Vabadussoja_Ajaloo_Komitee, lk 59
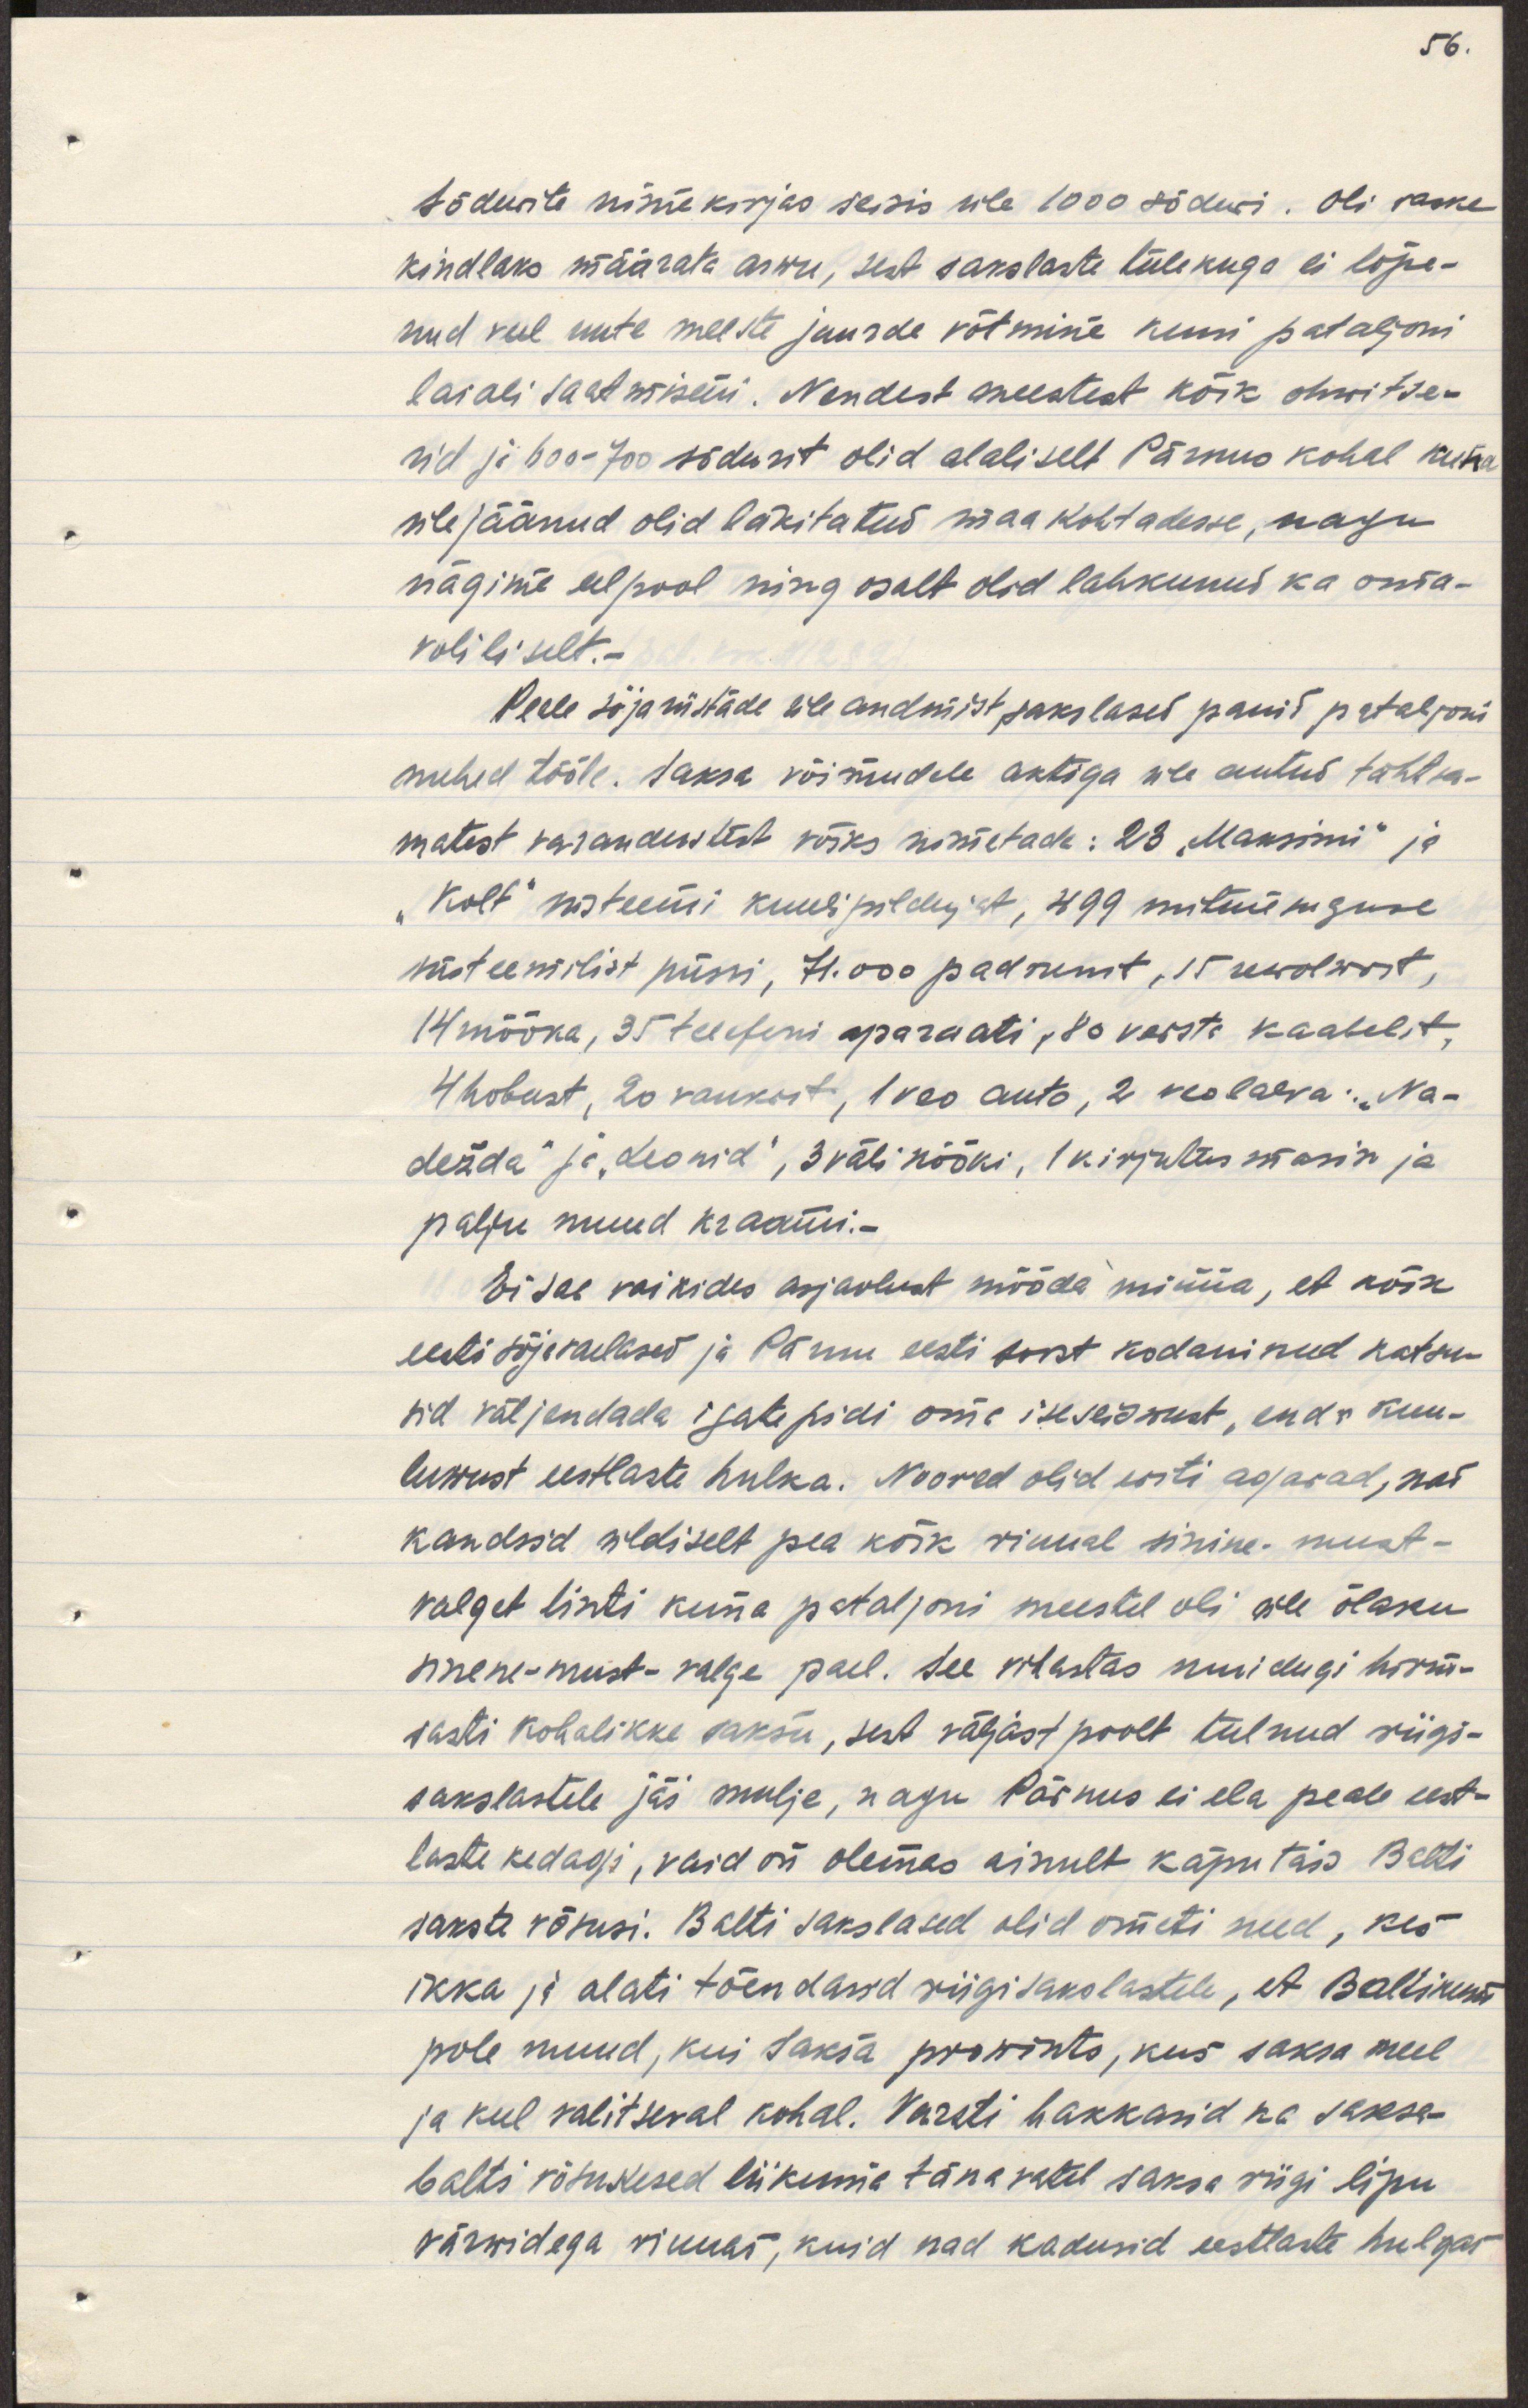
sõdurite nimekirjas seisis üle 1000 sõduri. Oli raske
kindlaks määrata arwu, sest sakslaste tulekuga ei lõpe-
nud veel uute meeste juurde võtmine kuni pataljoni
laiali saatmiseni. Nendest meestest kõik ohwitse-
rid ja 600-700 sõdurit olid alaliselt Pärnus kohal kuna 
ülejäänud olid läkitatud maa kohtadesse, nagu 
nägime eelpool ning osalt olid lahkunud ka oma-
voliliselt.-
Peale sõjariistade üleandmist, sakslased panid pataljoni
mehed tööle. Saksa võimudele aktiga üle antud tähtsa-
matest varandustest võiks nimetada: 23 "Maksimi" ja 
"Kolt" süsteemi kuulipildujat, 499 mitmesuguse 
süsteemilist püssi, 71.000 padrunit, 15 rewolwrit,
14 mõõka, 35 telefoni aparaati, 80 versta kaabelit,
4 hobust, 20 vankrit, 1 veo auto, 2 veolooma: "Na-
dežda" ja "Leonid", 3 välikööki, 1 kirjutus masin ja 
palju muud kraami.- 
Ei saa vaikides asjaolust mööda minna, et kõik
eesti sõjaväelased ja Pärnu eesti soost kodanikud katsu-
sid väljendada igati pidi oma iseseiswust, enda kuu-
luwust eestlaste hulka. Noored olid eriti agarad, nad
kandsid üldiselt pea kõik rinnal sinine-must-
valget linti kuna pataljoni meestel oli üle õlaku
sinine-must-valge peal. See vihastas muidugi hirm-
sasti kohalikke saksu, sest väljast poolt tulnud riigi-
sakslastele jäi mulje, nagu Pärnus ei ela peale eest-
laste kedagi, vaid on olemas sisuliselt käputäis Balti
sakste võsusi. Balti sakslased olid ometi need. kes 
ikka ja alati tõendasid riigisakslastele, et Baltikum
pole muud, kui Saksa prowints, kus saksa meel
ja keel valitseval kohal. Varsti hakkasid na saksa-
balti võsukesed liikuma tänavatel saksa riigi lipu
värwidega rinnas, kuid nad kadusid eestlaste hulgas